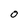
Character: O